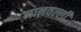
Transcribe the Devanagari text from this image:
मानवल्ली